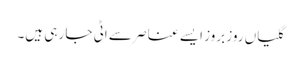
گلیاں روز بروز ایسے عناصر سے اٹی جا رہی ہیں۔